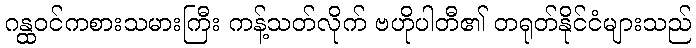
ဂန္ထဝင်ကစားသမားကြီး ကန့်သတ်လိုက် ဗဟိုပါတီ၏ တရုတ်နိုင်ငံများသည်